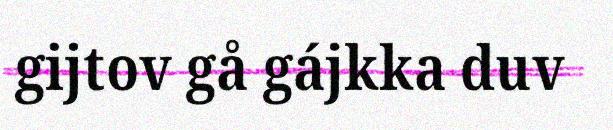
gijtov gå gájkka duv